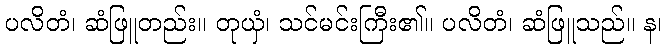
ပလိတံ၊ ဆံဖြူတည်း။ တုယှံ၊ သင်မင်းကြီး၏။ ပလိတံ၊ ဆံဖြူသည်။ န၊